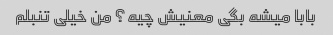
بابا میشه بگی معنیش چیه؟ من خیلی تنبلم